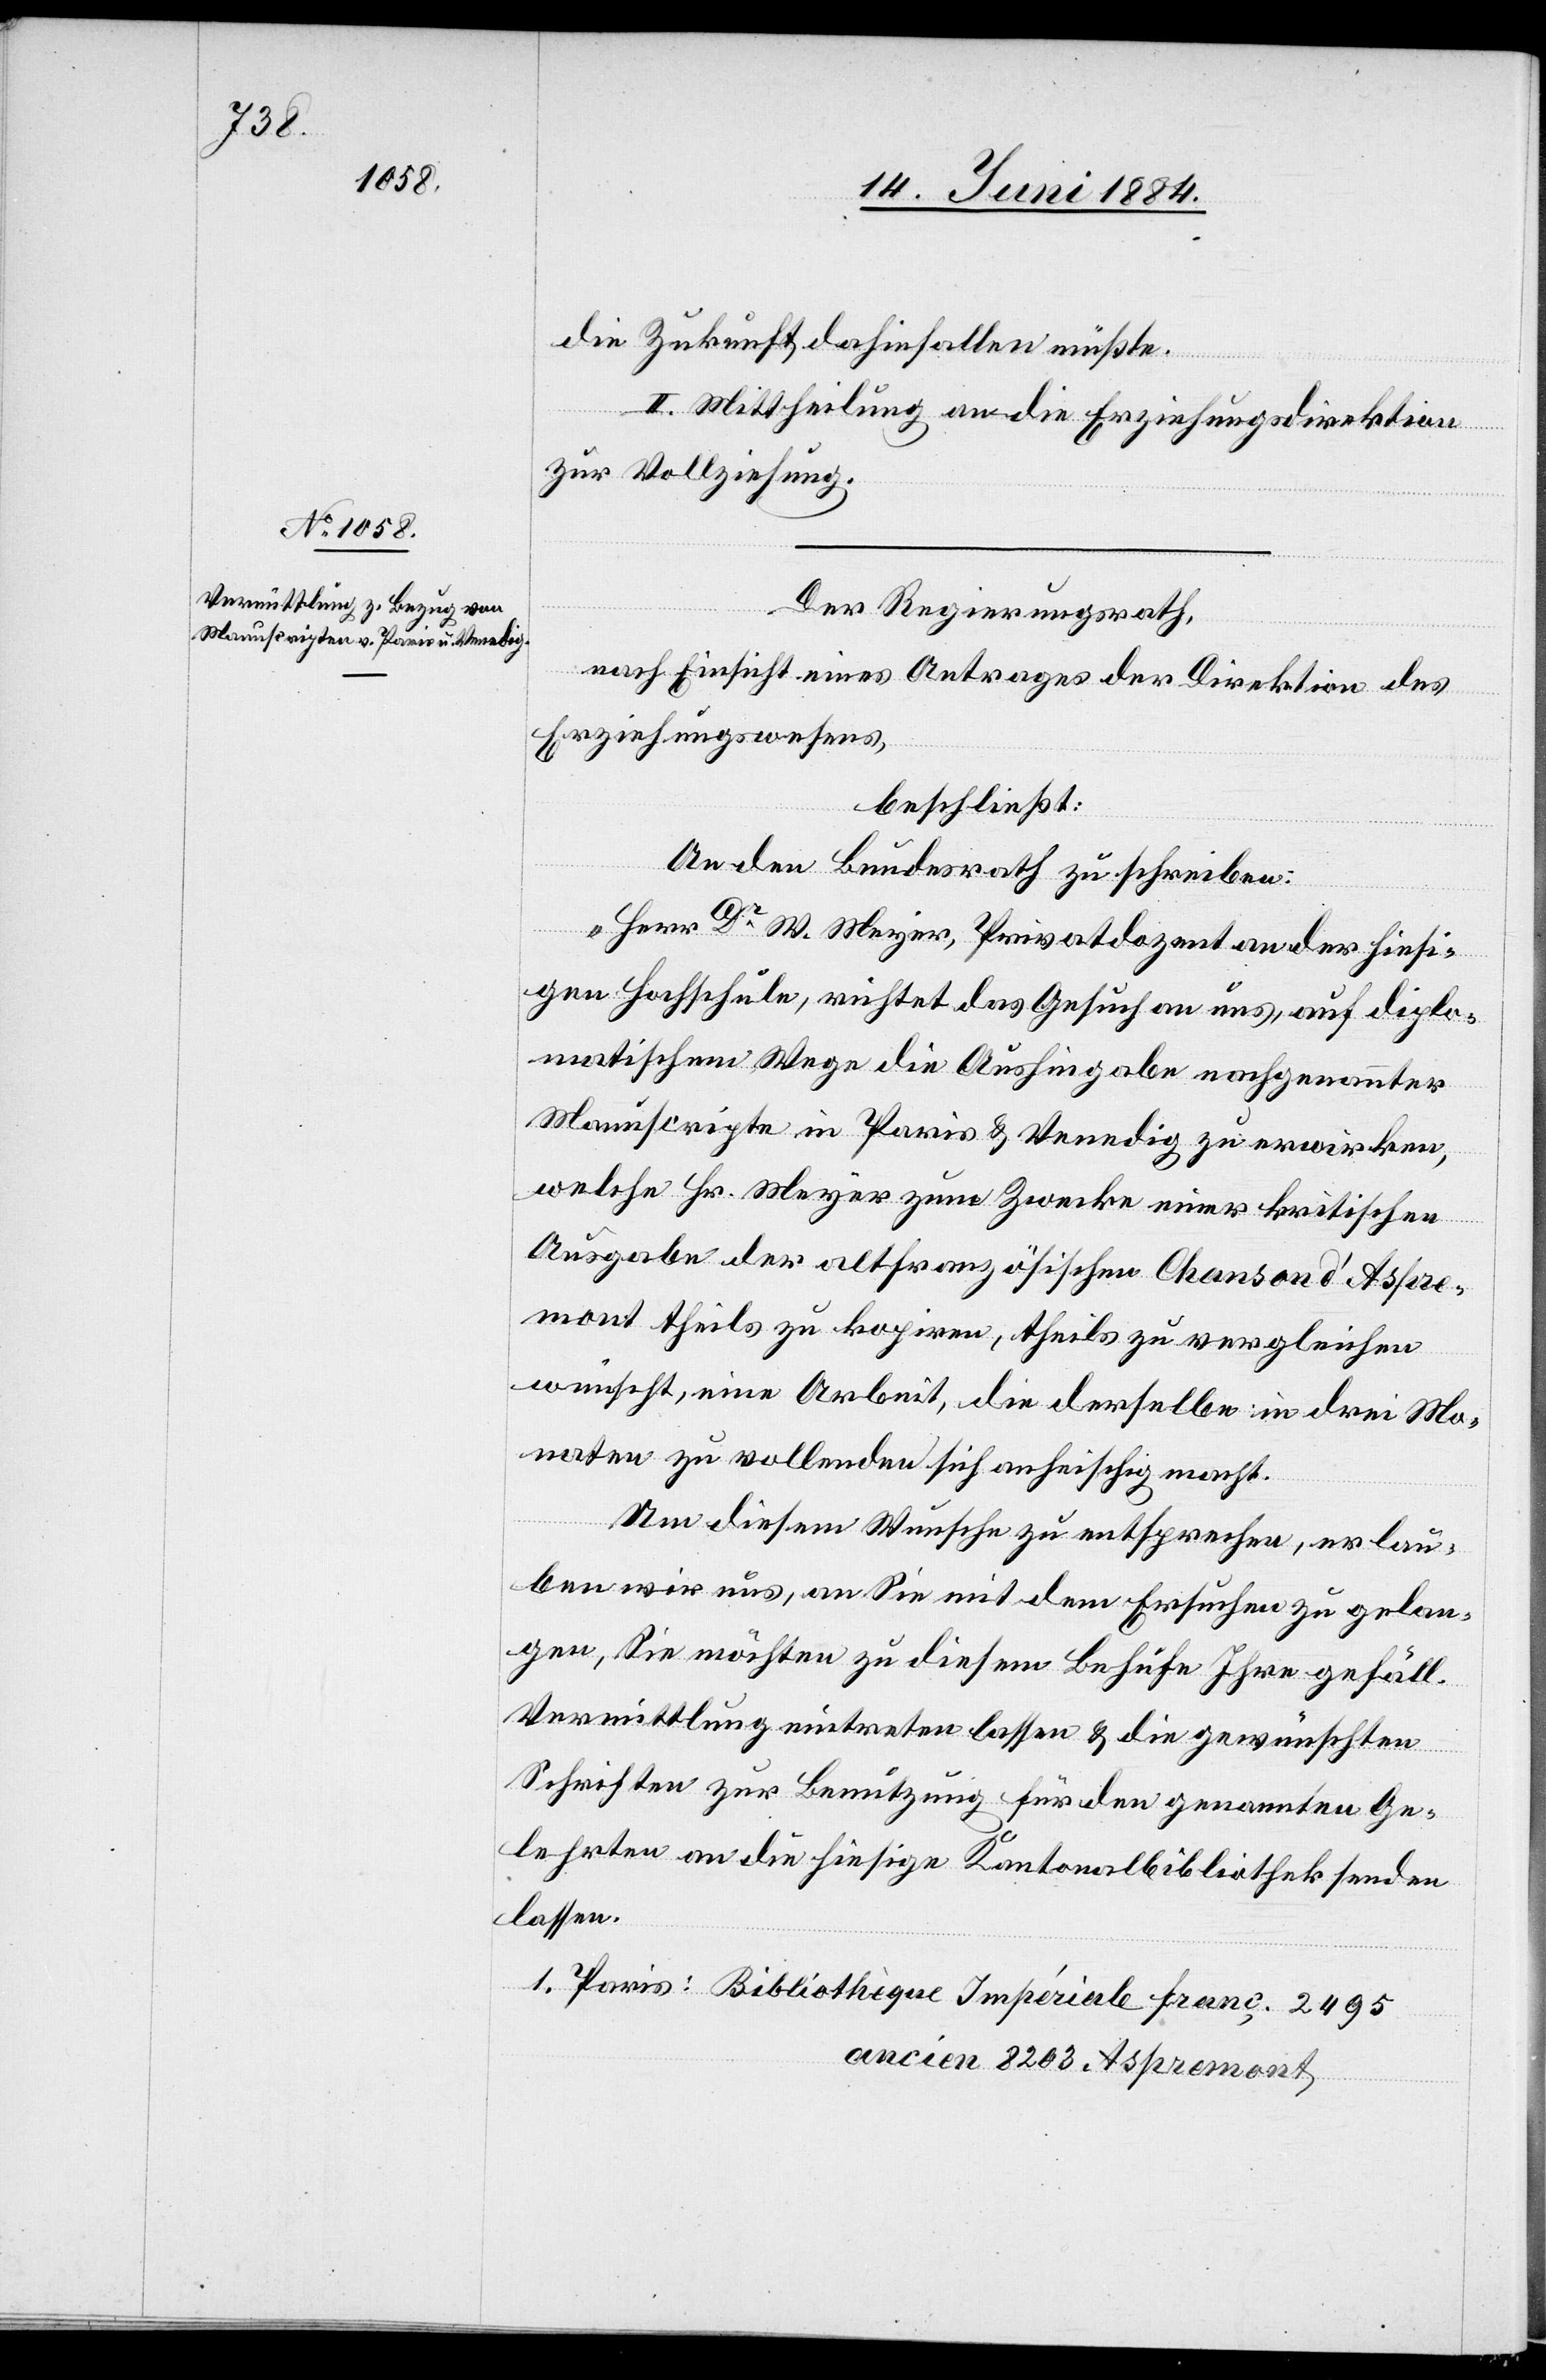
1.

die Zukunft dahinfallen müßte.
II. Mittheilung an die Erziehungsdirektion
zur Vollziehung.
Der Regierungsrath,
nach Einsicht eines Antrages der Direktion des
Erziehungswesens,
beschließt:
An den Bundesrath zu schreiben:
„Herr Dr W. Meyer, Privatdozent an der hiesi¬
gen Hochschule, richtet das Gesuch an uns, auf diplo¬
matischem Wege die Aushingabe nachgenannter
Manuscripte in Paris & Venedig zu erwirken,
welche Hr. Meyer zum Zwecke einer kritischen
Ausgabe der altfranzösischen Chanson d’Aspr¬
emont theils zu kopiren, theils zu vergleichen
wünscht, eine Arbeit, die derselbe in drei Mo¬
naten zu vollenden sich anheischig macht.
Um diesem Wunsche zu entsprechen, erlau¬
ben wir uns, an Sie mit dem Ersuchen zu gelan¬
gen, Sie möchten zu diesem Behufe Ihre gefäll.
Vermittlung eintreten lassen & die gewünschten
Schriften zur Benutzung für den genannten Ge¬
lehrten an die hiesige Kantonalbibliothek senden
lassen.
ancien 8203 Aspremont